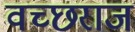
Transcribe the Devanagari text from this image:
वच्छराज